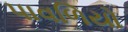
પાવળિયો